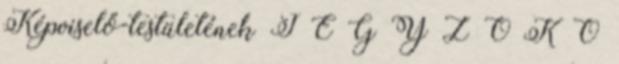
Képviselő-testületének J E G Y Z Ő K Ö